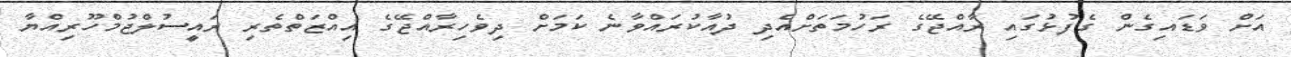
އަށް ވަޑައިގެން ގެފުޅުގައި ރާއްޖޭގެ ރަހުމަތަށްއެދި ދުއާކުރައްވާނެ ކަމަށް ދިވެހިރާއްޖޭގެ އިއްޒަތްތެރި ރައީސުލްޖުމްހޫރިއްޔާ